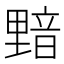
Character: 𰼝